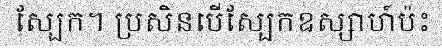
ស្បែក។ ប្រសិនបើស្បែកឧស្សាហ៍ប៉ះ